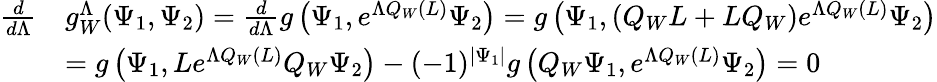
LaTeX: \begin{array}{rl}{\frac{d}{d\Lambda}}&{g_{W}^{\Lambda}(\Psi_{1},\Psi_{2})=\frac{d}{d\Lambda}g\left(\Psi_{1},e^{\Lambda Q_{W}(L)}\Psi_{2}\right)=g\left(\Psi_{1},(Q_{W}L+LQ_{W})e^{\Lambda Q_{W}(L)}\Psi_{2}\right)}\\ &{=g\left(\Psi_{1},Le^{\Lambda Q_{W}(L)}Q_{W}\Psi_{2}\right)-(-1)^{|\Psi_{1}|}g\left(Q_{W}\Psi_{1},e^{\Lambda Q_{W}(L)}\Psi_{2}\right)=0}\end{array}